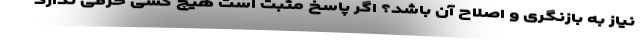
نیاز به بازنگری و اصلاح آن باشد؟ اگر پاسخ مثبت است هیچ کسی حرفی ندارد